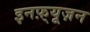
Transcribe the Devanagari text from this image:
इनफ़्यूज़न